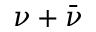
\nu + \bar { \nu }